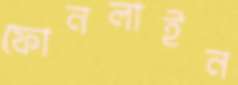
ফোনলাইন